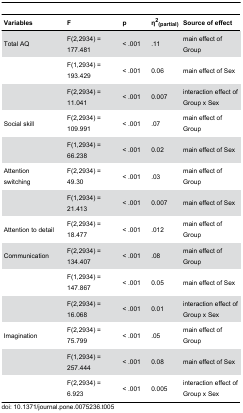
| Variables | F | p | η2(partial) | Source of effect |
 | --- | --- | --- | --- | --- |
 | Total AQ | F(2,2934) = 177.481 | < .001 | .11 | main effect of Group |
 |  | F(1,2934) = 193.429 | < .001 | 0.06 | main effect of Sex |
 |  | F(2,2934) = 11.041 | < .001 | 0.007 | interaction effect of Group x Sex |
 | Social skill | F(2,2934) = 109.991 | < .001 | .07 | main effect of Group |
 |  | F(1,2934) = 66.238 | < .001 | 0.02 | main effect of Sex |
 | Attention switching | F(2,2934) = 49.30 | < .001 | .03 | main effect of Group |
 |  | F(1,2934) = 21.413 | < .001 | 0.007 | main effect of Sex |
 | Attention to detail | F(2,2934) = 18.477 | < .001 | .012 | main effect of Group |
 | Communication | F(2,2934) = 134.407 | < .001 | .08 | main effect of Group |
 |  | F(1,2934) = 147.867 | < .001 | 0.05 | main effect of Sex |
 |  | F(2,2934) = 16.068 | < .001 | 0.01 | interaction effect of Group x Sex |
 | Imagination | F(2,2934) = 75.799 | < .001 | .05 | main effect of Group |
 |  | F(1,2934) = 257.444 | < .001 | 0.08 | main effect of Sex |
 |  | F(2,2934) = 6.923 | < .001 | 0.005 | interaction effect of Group x Sex |